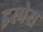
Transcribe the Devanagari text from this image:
इस्पेस